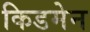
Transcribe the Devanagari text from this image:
किडमेन